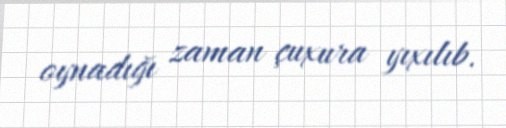
oynadığı zaman çuxura yıxılıb.